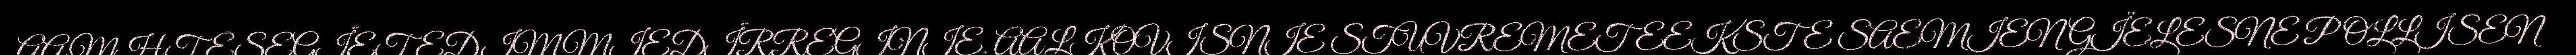
AAMHTESEGÏETEDIMMIEDÏRREGINIE. AALKOVISNIE STUVREMETEEKSTE SAEMIEN GÏELESNE POLLISEN